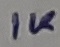
Text: 1K